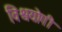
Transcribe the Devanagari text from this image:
विश्वयोगी